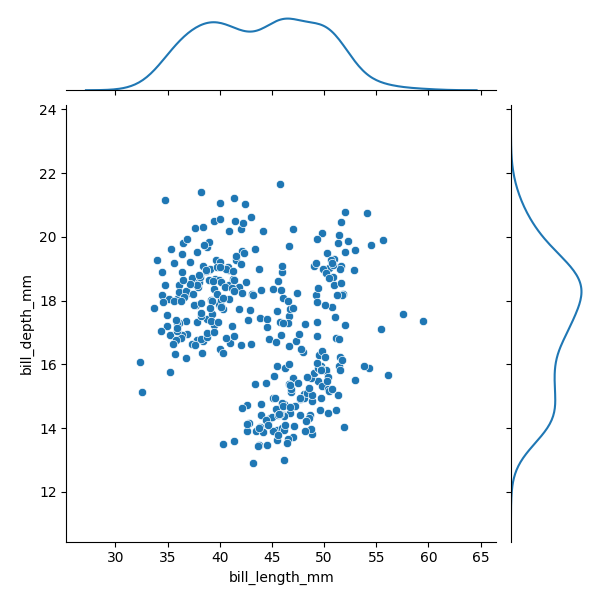
python, seaborn, JointGrid, scatterplot, kdeplot